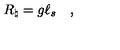
R _ { \natural } = g \ell _ { s } \quad ,